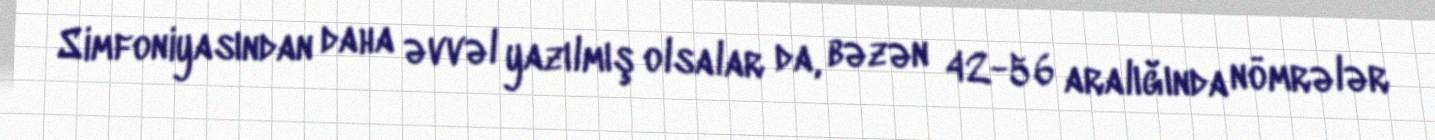
Simfoniyasından daha əvvəl yazılmış olsalar da, bəzən 42-56 aralığında nömrələr